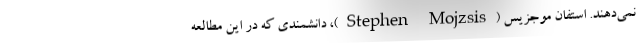
نمی‌دهند. استفان موجزیس (Stephen Mojzsis)، دانشمندی که در این مطالعه